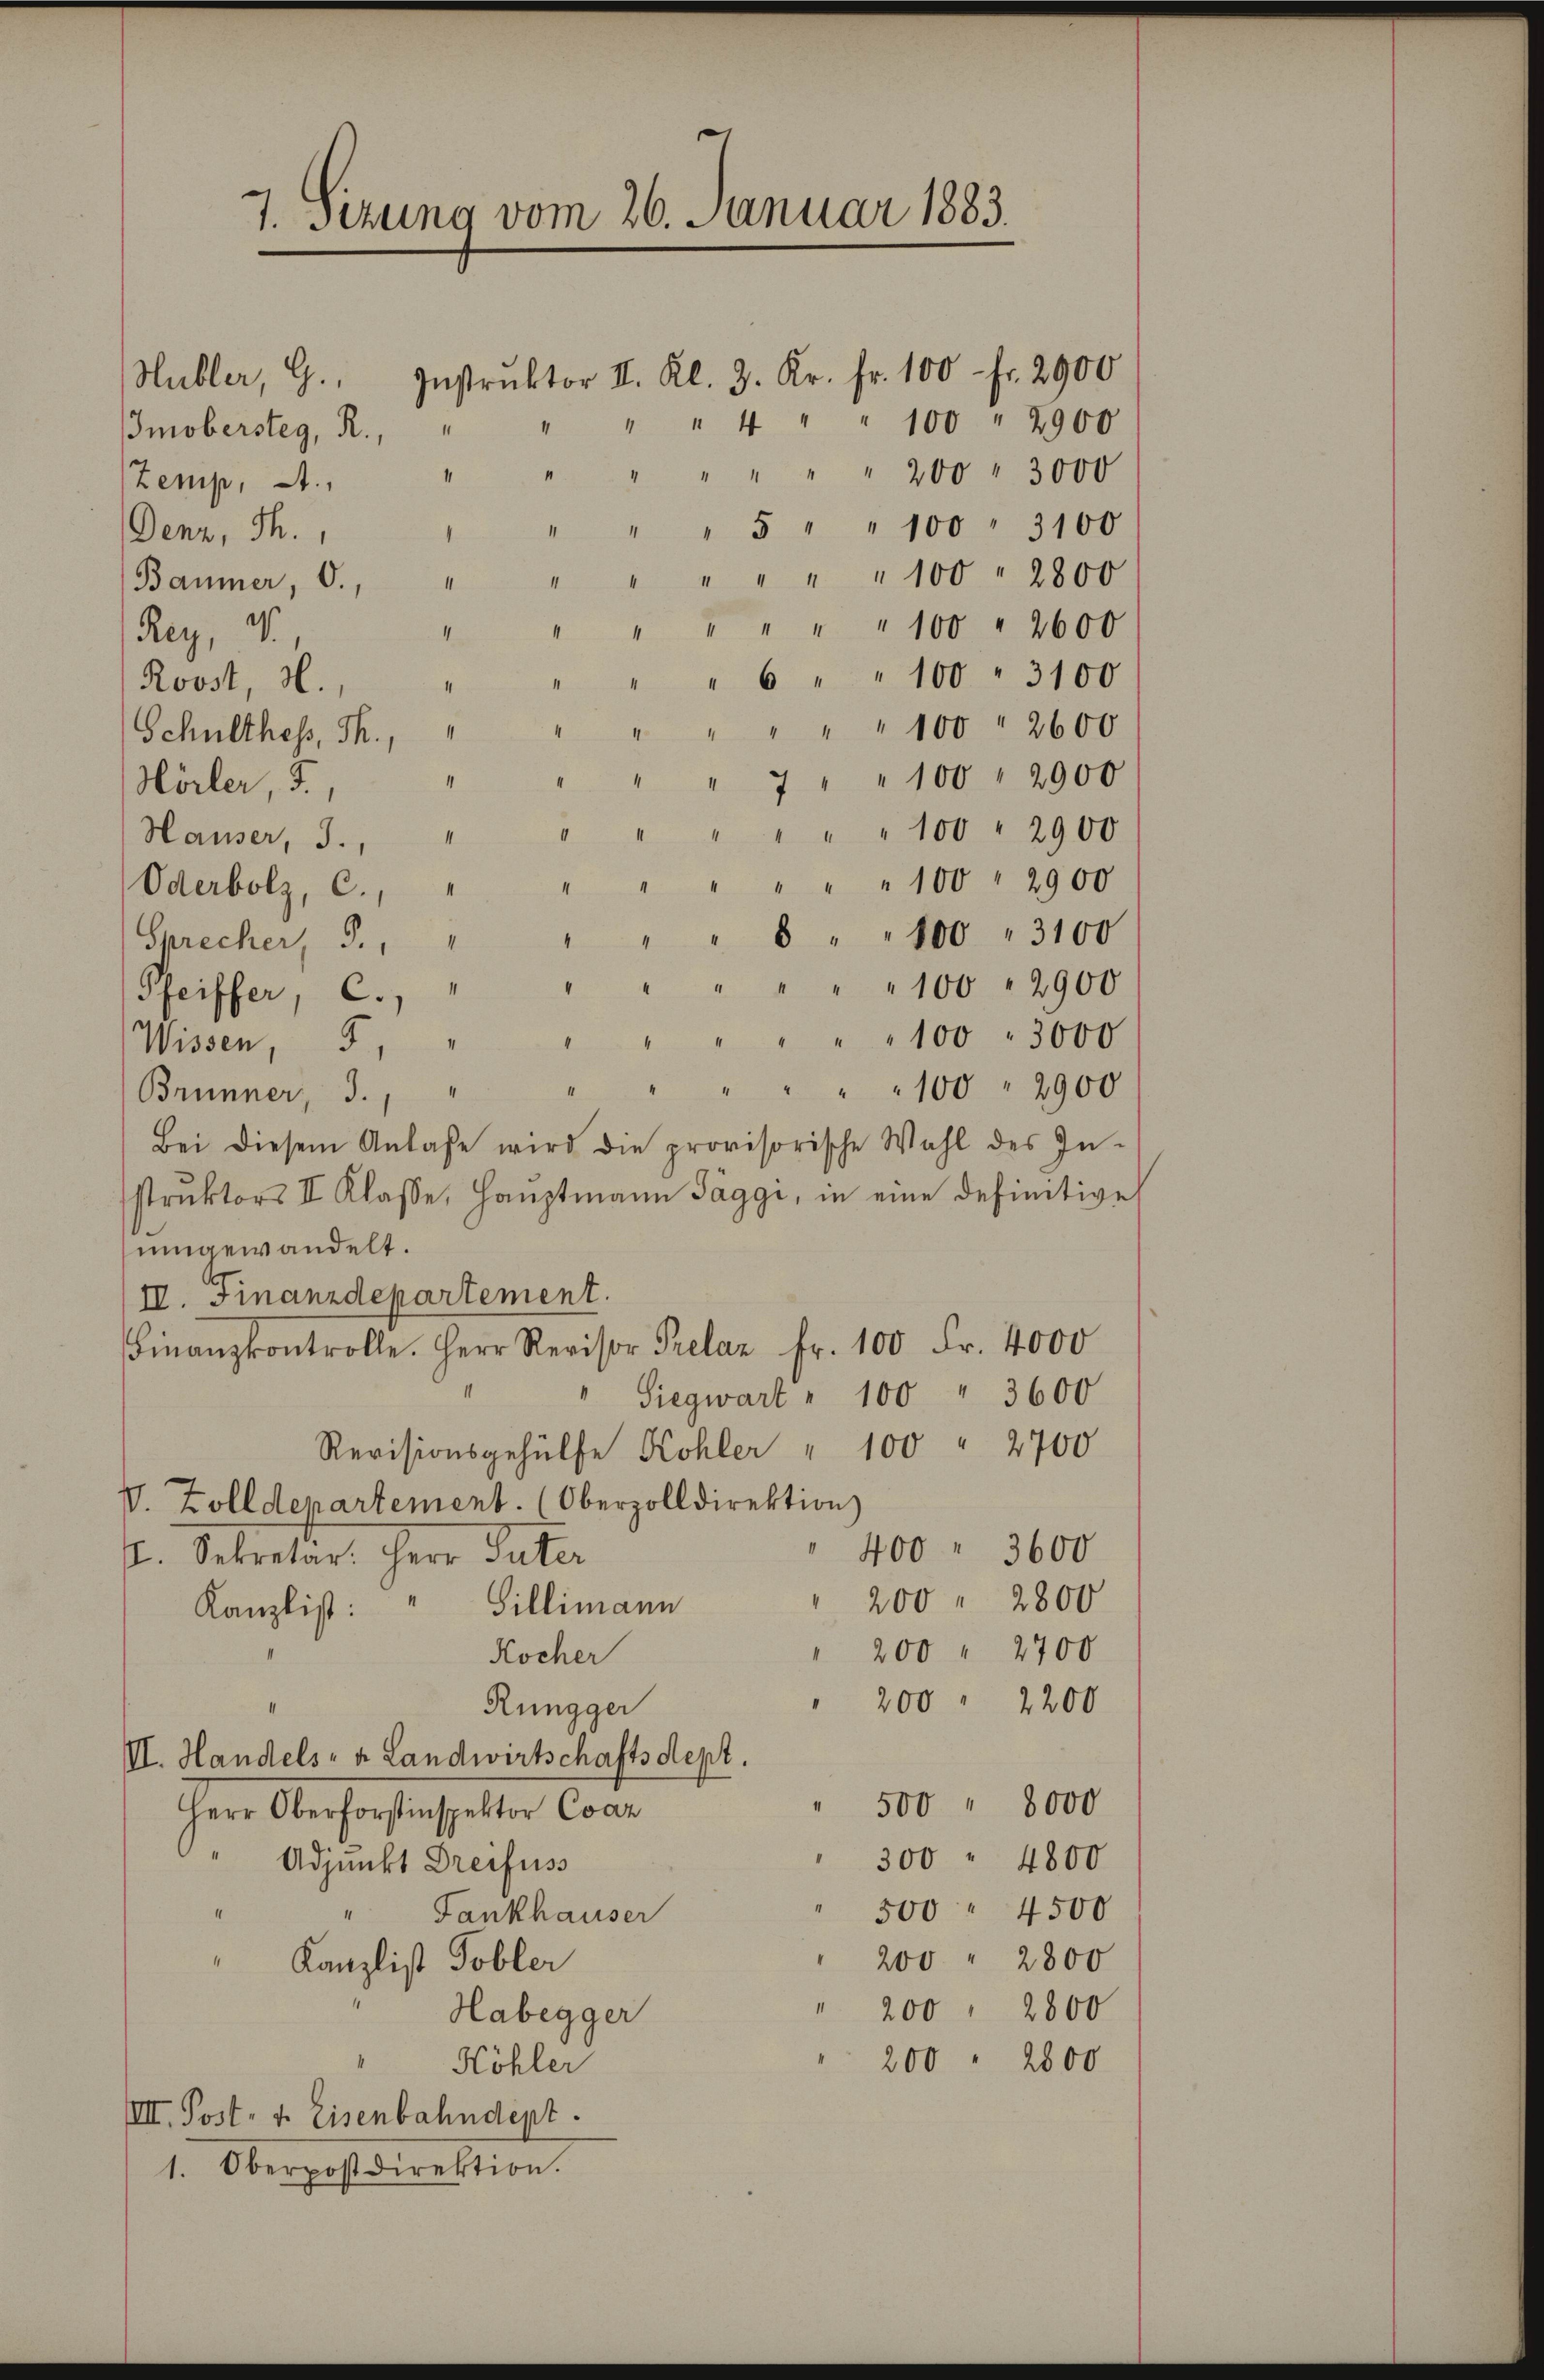
7. sezung vom 26. Januar 1883.

Hubler, G. Instrŭktor II. Kl. 3. Kr. Fr. 100 Fr. 2900

" " 4 " " 100 " 2900
mobersteg, R.,
" " " " " " " 200 " 3000
Zemp, A.
" " 5 " " 100 " 3100
Denz, Th.
Baumer, 6. " " " " " " " 100 " 2800
" " " " " " " 100 " 2600
Rey,
" " 6 " " 100 " 3100
Roost, d.
4
" " " " " 100 " 2600
Schulthes, Th.,
“
" " 7 " " 100 " 2900
Hörler, 3.
" " " " 100 " 2900
II
Hauser, 3.
" " " " " " 100 " 2900
Oderbolz, C.
" " 8 " " 100 " 3100
Sprecher J., "
" " " " " 100 " 2900
Pfeiffer, C.
" " " " " " 100 " 3000
Wissen, 5. "
" " " " " " 100 " 2900
Brünner, J., "
Bei diesem Anlaße wird die provisorische Wahl des In-
struktors II Klasse, Hauptmann Taggi, in eine definitive
umgewandelt.
II. Finanzdepartement.
Finanzkontrolle. Herr Revisor Prelax Fr. 100 Fr. 4000
Siegwart " 100 " 3600
Revisionsgehülfe Kohler " 100 " 2700
V. Zolldepartement. (Oberzolldirektion
400 " 3600
II. Sekretär: Herr Suter
200 2800
Kanzlist: " Gillimann
200 " 2700
Kocher
200 " 2200
Rüngger
VI. Handels- & Landwirtschaftsdept.
500 " 8000
Herr Oberforstinspektor Car
300 " 4800
Adjunkt Dreifuss
500 4500
Fankhauser
200 " 2800
Kanzlist Tobler
200 " 2800
Habegger
200 " 2500
Köhler
IIII. Post- u. Eisenbahndept.
1. Oberpostdirektion.